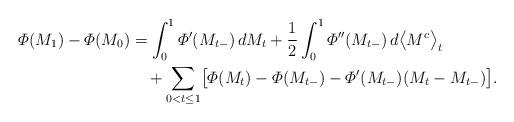
LaTeX: \begin{align*}\varPhi(M_1)-\varPhi(M_0)&=\int_0^1\varPhi'(M_{t-})\, dM_t+{1\over2}\int_0^1\varPhi''(M_{t-})\, d \bigl\langle M^c\bigr\rangle_{t}\\&\quad+\sum_{0< t\leq1} \bigl[\varPhi(M_{t})-\varPhi(M_{t-})-\varPhi '(M_{t-})(M_t-M_{t-}) \bigr].\end{align*}